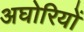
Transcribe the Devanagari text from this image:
अघोरियों